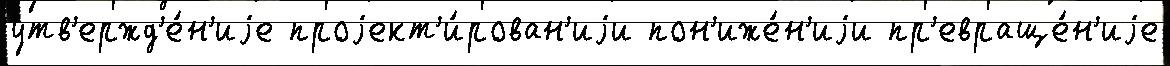
утв'ержд'е́н'иjе проjект'и́рован'иjи пон'иже́н'иjи пр'евраще́н'иjе